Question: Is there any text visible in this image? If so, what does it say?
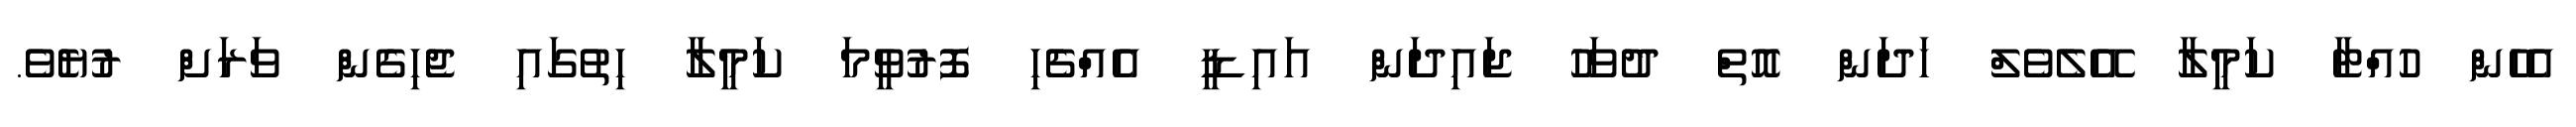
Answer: އެހެން ހުއްޓާ ކަމީލާ އޭލެވެލް ހަދަން އޮތް ދުވަހު ޖައިދަން އައިޑީ އެއްޗެހި ފޮރުވީމަ ކަމީލާ ހިތުގައި ޖެހިގެން ވަރަށް ރުޔެވެ.